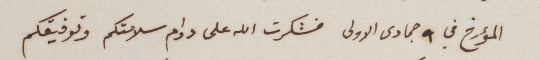
المؤرخ في ٩ جمادى الاولى فشكرت الله على دوام سلامتكم وتوفيقكم